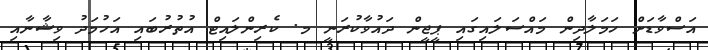
އަސްވާޑަށް ހަމަލާދިން މައްސަލައިގައި ޕީޖީން ދައުވާކުރަނީ މ. ކެރިންލައިޓް އުތުރުބައި އަހުމަދު ވިޝާނާއި